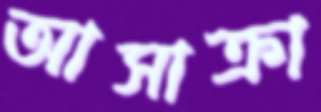
আসাক্রা